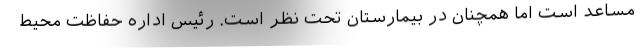
مساعد است اما همچنان در بیمارستان تحت نظر است. رئیس اداره حفاظت محیط